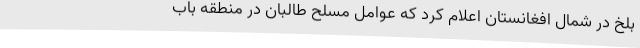
بلخ در شمال افغانستان اعلام کرد که عوامل مسلح طالبان در منطقه باب